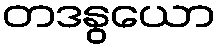
တဒနွယော